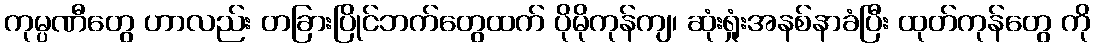
ကုမ္ပဏီတွေ ဟာလည်း တခြားပြိုင်ဘက်တွေထက် ပိုမိုကုန်ကျ၊ ဆုံးရှုံးအနစ်နာခံပြီး ထုတ်ကုန်တွေ ကို